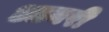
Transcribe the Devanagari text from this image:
आनरी